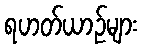
ရဟတ်ယာဉ်များ